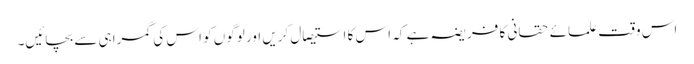
اس وقت علمائے حقانی کا فریضہ ہے کہ اس کا استیصال کریں اور لوگوں کو اس کی گمراہی سے بچائیں۔